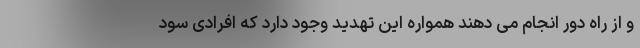
و از راه دور انجام می دهند همواره این تهدید وجود دارد که افرادی سود